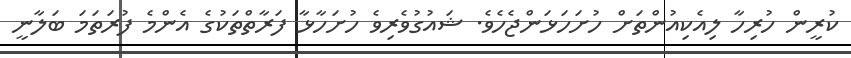
ކުރީން ހުރިހާ ލިއެކިއުންތަށް ހުށަހަޅަންޖެހެވެ. ޝައުގުވެރިވެ ހުށަހާޅާ ފަރާތްތަކުގެ އެންމެ ފުރަތަމަ ބަލާނީ